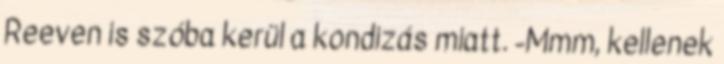
Reeven is szóba kerül a kondizás miatt. -Mmm, kellenek